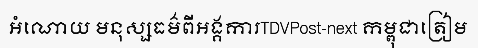
អំណោយ មនុស្សធម៌ពីអង្គការTDVPost-next កម្ពុជាត្រៀម